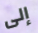
إلى